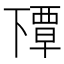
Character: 𬻰